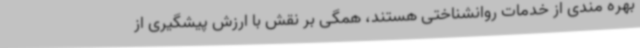
بهره مندی از خدمات روانشناختی هستند، همگی بر نقش با ارزش پیشگیری از